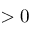
> 0